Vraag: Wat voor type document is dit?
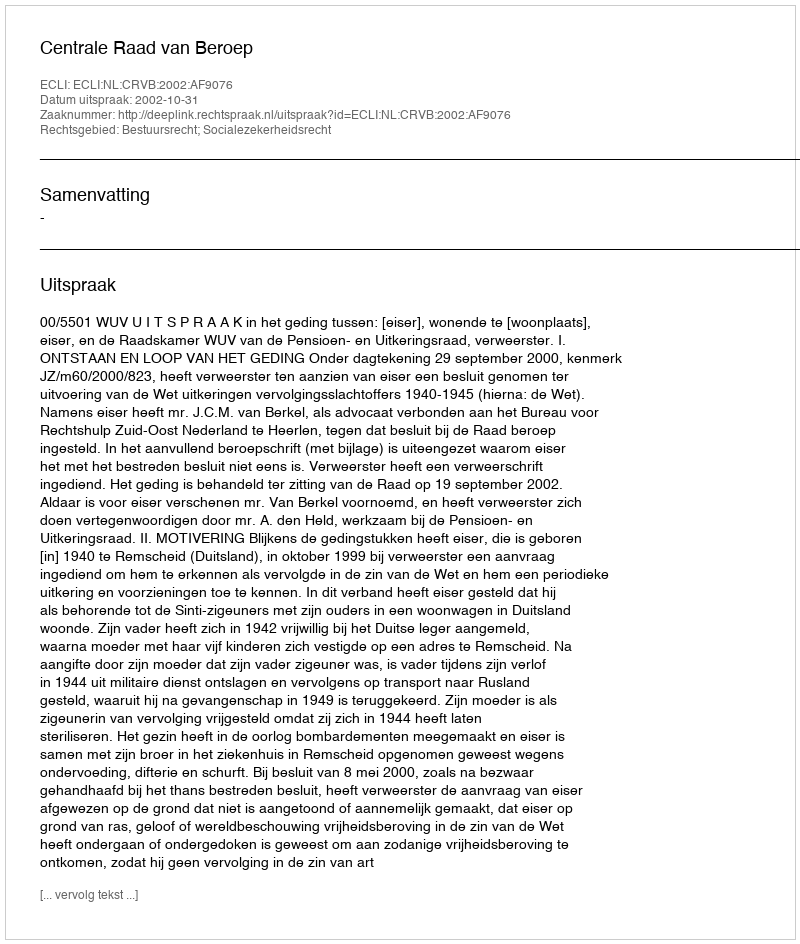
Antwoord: Uitspraak